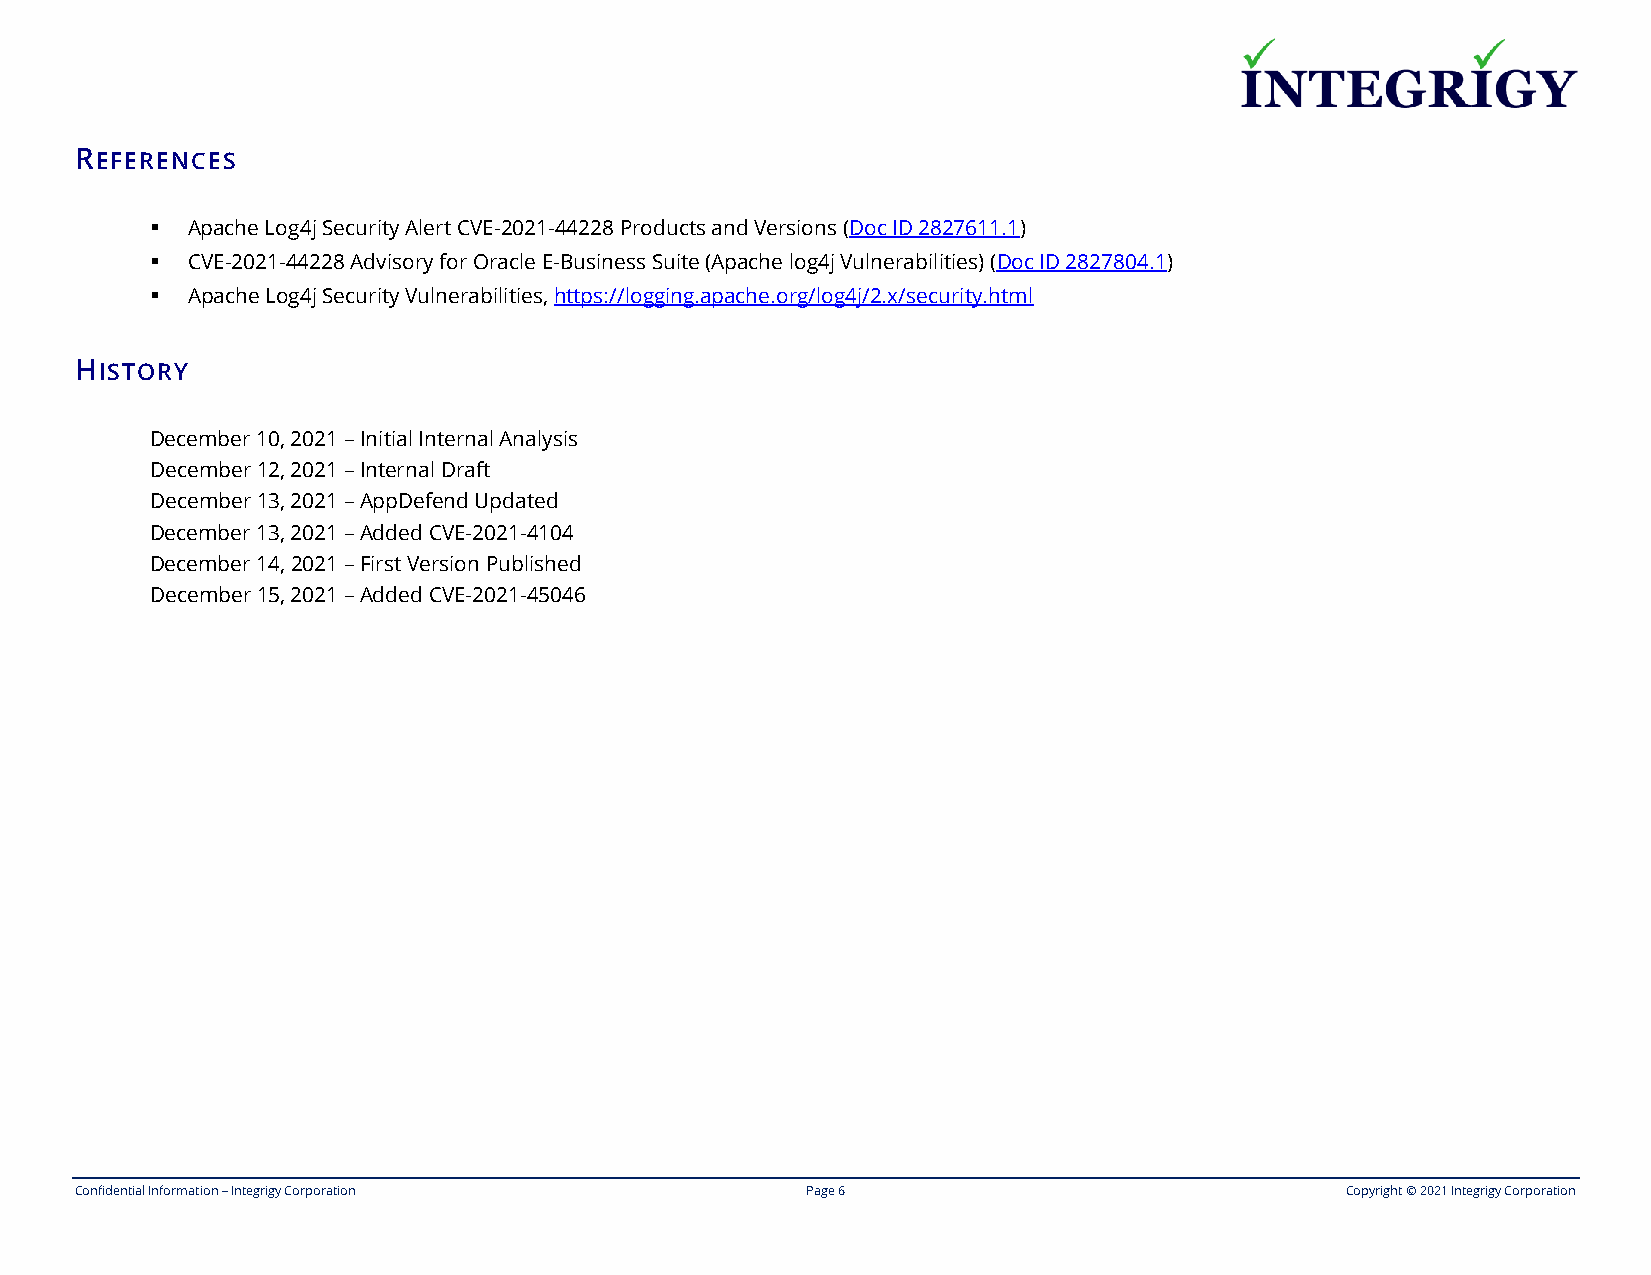
REFERENCES
 ▪ Apache Log4j Security Alert CVE-2021-44228 Products and Versions (Doc ID 2827611.1)
 ▪ CVE-2021-44228 Advisory for Oracle E-Business Suite (Apache log4j Vulnerabilities) (Doc ID 2827804.1)
 ▪ Apache Log4j Security Vulnerabilities, https://logging.apache.org/log4j/2.x/security.html
 HISTORY
 December 10, 2021 – Initial Internal Analysis
 December 12, 2021 – Internal Draft
 December 13, 2021 – AppDefend Updated
 December 13, 2021 – Added CVE-2021-4104
 December 14, 2021 – First Version Published
 December 15, 2021 – Added CVE-2021-45046
 Confidential Information – Integrigy Corporation Page 6                             Copyright © 2021 Integrigy Corporation